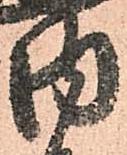
内